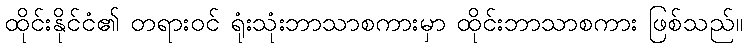
ထိုင်းနိုင်ငံ၏ တရားဝင် ရုံးသုံးဘာသာစကားမှာ ထိုင်းဘာသာစကား ဖြစ်သည်။